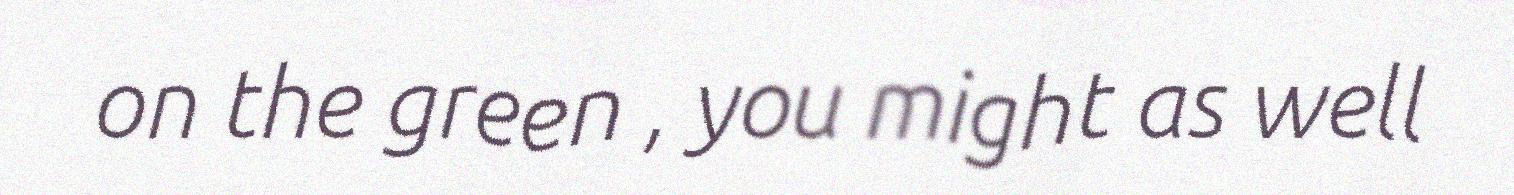
on the green , you might as well